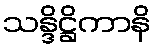
သန္ဒိဋ္ဌိကာနိ